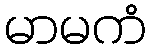
မာမကံ